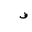
Letter: _fa